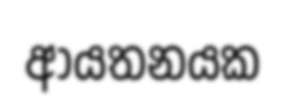
ආයතනයක